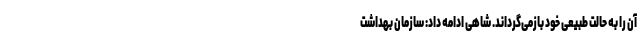
آن را به حالت طبیعی خود بازمی‌گرداند. شاهی ادامه داد: سازمان بهداشت